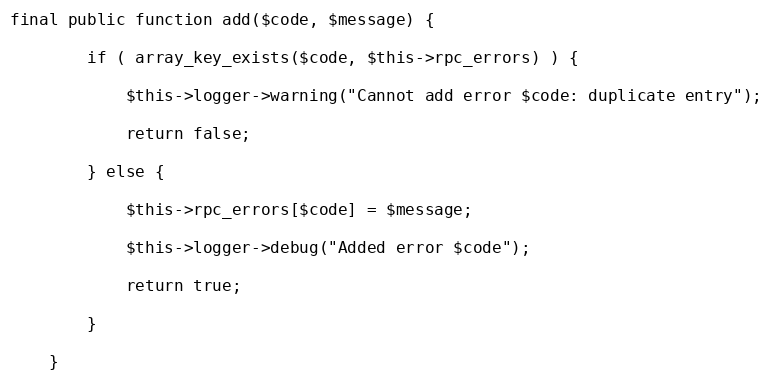
Language: PHP
final public function add($code, $message) {

        if ( array_key_exists($code, $this->rpc_errors) ) {

            $this->logger->warning("Cannot add error $code: duplicate entry");

            return false;

        } else {

            $this->rpc_errors[$code] = $message;

            $this->logger->debug("Added error $code");

            return true;

        }

    }